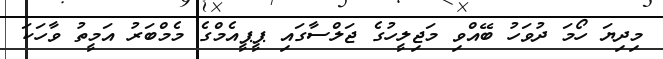
މިދިޔަ ހޯމަ ދުވަހު ބޭއްވި މަޖިލީހުގެ ޖަލްސާގައި ޕީޕީއެމްގެ މެމްބަރު އަމީތު ވާހަކަ